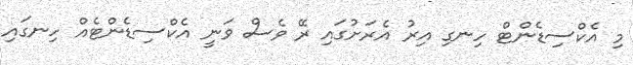
މި އެކްސިޑެންޓް ހިނގި އިރު އެރަށުގައި ރޭ ވެސް ވަނީ އެކްސިޑެންޓެއް ހިނގައި